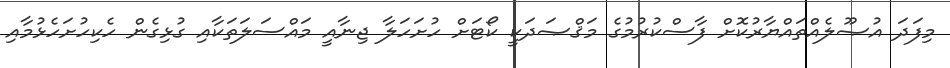
މިފަދަ އުޞޫލެއްތައްޔާރުކޮށް ފާސްކުރުމުގެ މަޤްޞަދަކީ ކޯޓަށް ހުށަހަލާ ޖިނާއީ މައްސަލަތަކާއި ގުޅިގެން ހެކިހުށަހެޅުމާއި